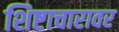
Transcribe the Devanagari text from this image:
शिष्टाचारावर